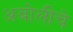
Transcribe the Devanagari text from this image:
अबोलीचे